Insane asylums in Bengal annual reports 1876-1887 - 1876-1887
Year: 1876
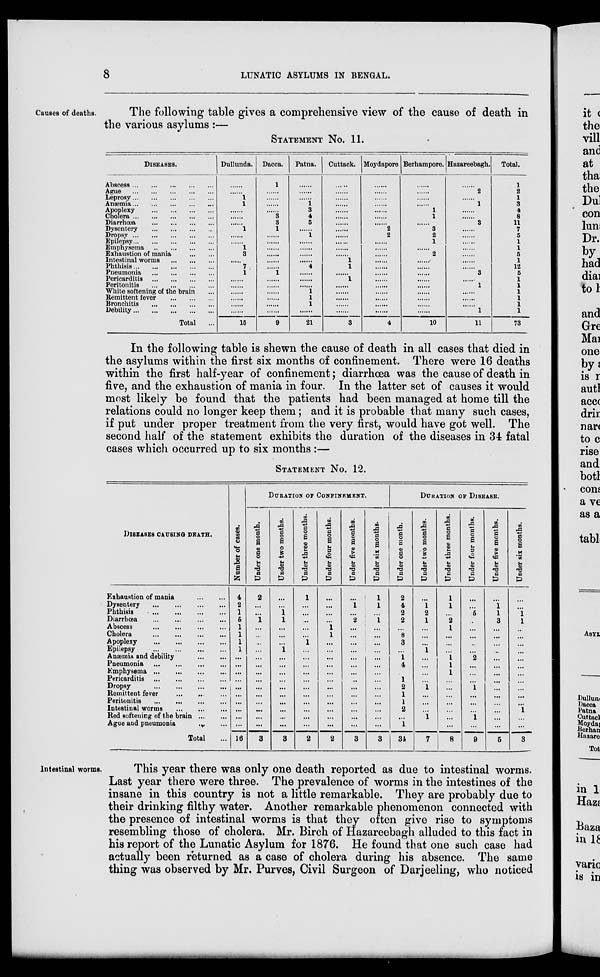
8
LUNATIC ASYLUMS IN BENGAL.
Causes of deaths.
The following table gives a comprehensive view of the cause of death in
the various asylums :—
STAEMENT No. 11.
DISEASES.
Abscess ... ... ... ... ...
Ague ... ... ... ... ...
Leprosy ... ... ... ... ...
Anæmia ... ... ... ... ...
Apoplexy ... ... ... ... ...
Cholera ... ... ... ... ...
Diarrhœa ... ... ... ... ...
Dysentery ... ... ... ... ...
Dropsy ... ... ... ... ...
Epilepsy ... ... ... ... ...
Emphysema ... ... ... ... ...
Exhaustion of mania ... ... ... ... ...
Intestinal worms ... ... ... ... ...
Phthisis ... ... ... ... ...
Pneumonia ... ... ... ... ...
Pericarditis ... ... ... ... ...
Peritonitis ... ... ... ... ...
White softening of the brain ...
Remittent fever ... ... ...
Bronchitis ... ... ... ...
Debility ... ... ... ... ...
Total ...
Dullunda.
......
......
1
1
......
......
......
1
...... ......
1
3
......
7
1
......
......
......
......
......
......
15
Dacca.
1
......
......
......
......
3
3
1
...... ......
......
......
......
......
1
......
......
......
......
......
......
9
Patna.
......
......
1
3
4
5
......
1
......
......
......
......
4
......
......
......
1
1
1
......
21
Cuttack.
......
......
......
......
......
......
......
......
...... ......
......
......
1
1
......
1
......
......
......
......
......
3
Moydapore
......
......
......
......
......
......
......
2
2
......
......
......
......
......
......
......
......
......
......
......
......
4
Berhampore.
......
......
......
......
1
1
......
3
2
1
......
2
......
......
......
......
......
......
......
......
......
10
Hazareebagh.
......
2
......
1
......
......
3
......
......
......
......
......
......
......
3
......
1
......
......
......
1
11
Total.
1
2
1
3
4
8
11
7
5
1
1
5
1
12
5
1
1
1
1
1
1
73
In the following table is shewn the cause of death in all cases that died in
the asylums within the first six months of confinement. There were 16 deaths
within the first half-year of confinement; diarrhoea was the cause of death in
five, and the exhaustion of mania in four. In the latter set of causes it would
most likely be found that the patients had been managed at home till the
relations could no longer keep them; and it is probable that many such cases,
if put under proper treatment from the very first, would have got well. The
second half of the statement exhibits the duration of the diseases in 34 fatal
cases which occurred up to six months :—
STATEMENT No. 12.
DISEASES CAUSING DEATH.
Exhaustion of mania
...
...
Dysentery
...
...
...
...
Phthisis
...
...
...
...
Diarrhœa
...
...
...
...
Abscess
...
...
...
...
Cholera
...
...
...
...
Apoplexy
...
...
...
...
Epilepsy
...
...
...
...
Anæmia and debility
...
...
Pneumonia
...
...
...
...
Emphysema
...
...
...
...
Pericarditis
...
...
...
...
Dropsy
...
...
...
...
Remittent fever ... ... ...
Peritonitis
...
...
...
...
Intestinal worms ... ... ...
Bed softening of the brain ... ...
Ague and pneumonia ... ...
Total ...
DURATION OF CONFINEMENT.
Number of cases.
4
2
1
5
1
1
1
1
...
...
...
...
...
...
...
...
...
...
16
Under one month.
2
...
...
1
...
...
...
...
...
...
...
...
...
...
...
...
...
...
3
Under two months.
...
...
1
1
...
...
...
1
...
...
...
...
...
...
...
...
...
...
3
Under three months.
1
...
...
...
...
...
1
...
...
...
...
...
...
...
...
...
...
...
2
Under four months.
...
...
...
...
1
1
...
...
...
...
...
...
...
...
...
...
...
...
2
Under five months.
...
1
...
2
...
...
...
...
...
...
...
...
...
...
...
...
...
...
3
Under six months.
1
1
...
1
...
...
...
...
...
...
...
...
...
...
...
...
...
...
3
DURATION OF DISEASE.
Under one month.
2
4
2
2
...
8
3
...
1
4
...
1
2
1
1
2
...
1
34
Under two months.
...
1
2
1
...
...
...
1
...
...
...
...
1
...
...
...
1
7
Under three months.
1
1
...
2
1
...
...
...
1
1
1
...
...
...
...
...
...
...
8
Under four months.
...
...
6
...
...
...
...
...
2
...
...
...
1
...
...
...
1
...
9
Under five months.
...
1
1
3
...
...
...
...
...
...
...
...
...
...
...
...
...
...
5
Under six months.
...
...
1
1
...
...
...
...
...
...
...
...
...
...
...
1
...
...
3
Intestinal worms.
This year there was only one death reported as due to intestinal worms.
Last year there were three. The prevalence of worms in the intestines of the
insane in this country is not a little remarkable. They are probably due to
their drinking filthy water. Another remarkable phenomenon connected with
the presence of intestinal worms is that they often give rise to symptoms
resembling those of cholera. Mr. Birch of Hazareebagh alluded to this fact in
his report of the Lunatic Asylum for 1876. He found that one such case had
actually been returned as a case of cholera during his absence. The same
thing was observed by Mr. Purves, Civil Surgeon of Darjeeling, who noticed